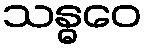
သန္ဓဝေ